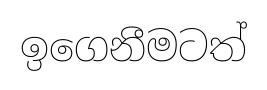
ඉගෙනීමටත්